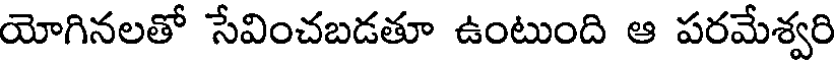
యోగినలతో సేవించబడతూ ఉంటుంది ఆ పరమేశ్వరి